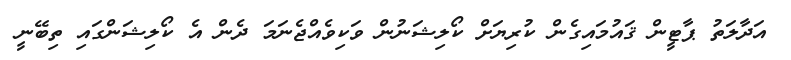
އަދާލަތު ޕާޓީން ޤައުމައިގެން ކުރިޔަށް ކޯލިޝަނުން ވަކިވެއްޖެނަމަ ދެން އެ ކޯލިޝަންގައި ތިބޭނީ